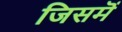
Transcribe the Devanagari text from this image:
जिसमॆं